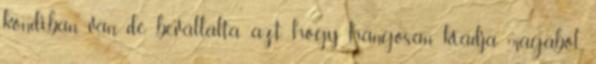
kondiban van, de bevállalta azt, hogy hangosan kiadja magából,